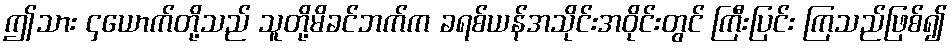
ဤသား ၄ယောက်တို့သည် သူတို့မိခင်ဘက်က ခရစ်ယန်အသိုင်းအဝိုင်းတွင် ကြီးပြင်း ကြသည်ဖြစ်၍